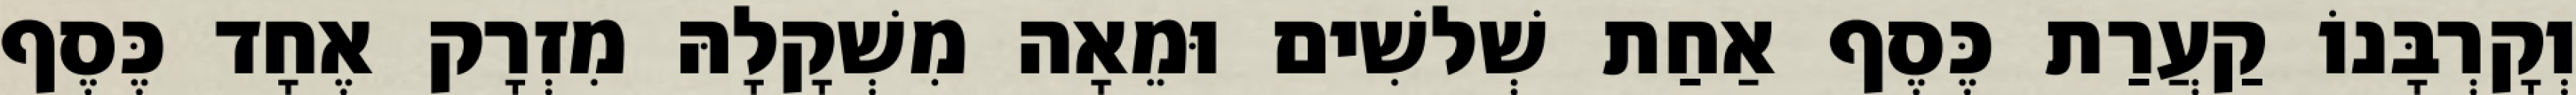
וְקָרְבָּנוֹ קַעֲרַת כֶּסֶף אַחַת שְׁלשִׁים וּמֵאָה מִשְׁקָלָהּ מִזְרָק אֶחָד כֶּסֶף